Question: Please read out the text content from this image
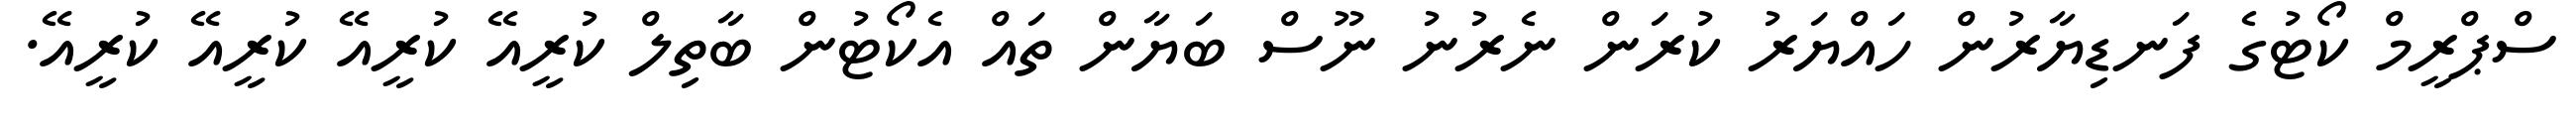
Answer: ސްޕްރީމް ކޯޓުގެ ފަނޑިޔާރުން ހައްޔަރު ކުރަން ނެރުނު ނޫސް ބަޔާން ތައް އެކޯޓުން ބާތިލް ކުރީއޭ ކުރީއޭ ކުރީއޭ ކުރީއޭ.